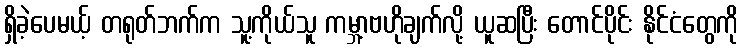
ရှိခဲ့ပေမယ့် တရုတ်ဘက်က သူ့ကိုယ်သူ ကမ္ဘာ့ဗဟိုချက်လို့ ယူဆပြီး တောင်ပိုင်း နိုင်ငံတွေကို